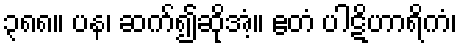
၃၈၈။ ပန၊ ဆက်၍ဆိုအံ့။ ဧတံ ပါဋိဟာရိကံ၊